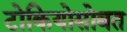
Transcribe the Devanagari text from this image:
टोकियोसोबत